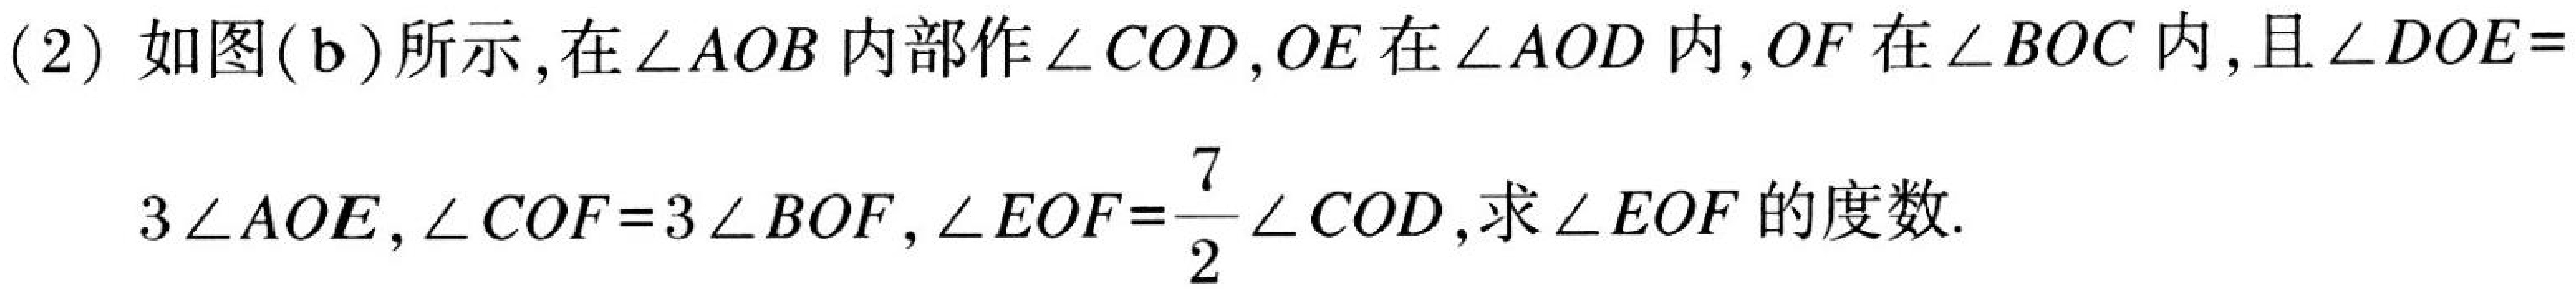
(2) 如图(b)所示,在\(\angle AOB\)内部作\(\angle COD\),\(OE\)在\(\angle AOD\)内,\(OF\)在\(\angle BOC\)内,且\(\angle DOE = 3\angle AOE\),\(\angle COF = 3\angle BOF\),\(\angle EOF=\dfrac{7}{2}\angle COD\),求\(\angle EOF\)的度数.